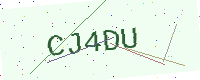
Text: CJ4DU